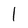
Character: 1